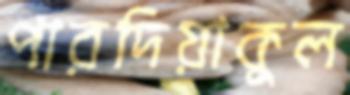
পারদিয়াকুল